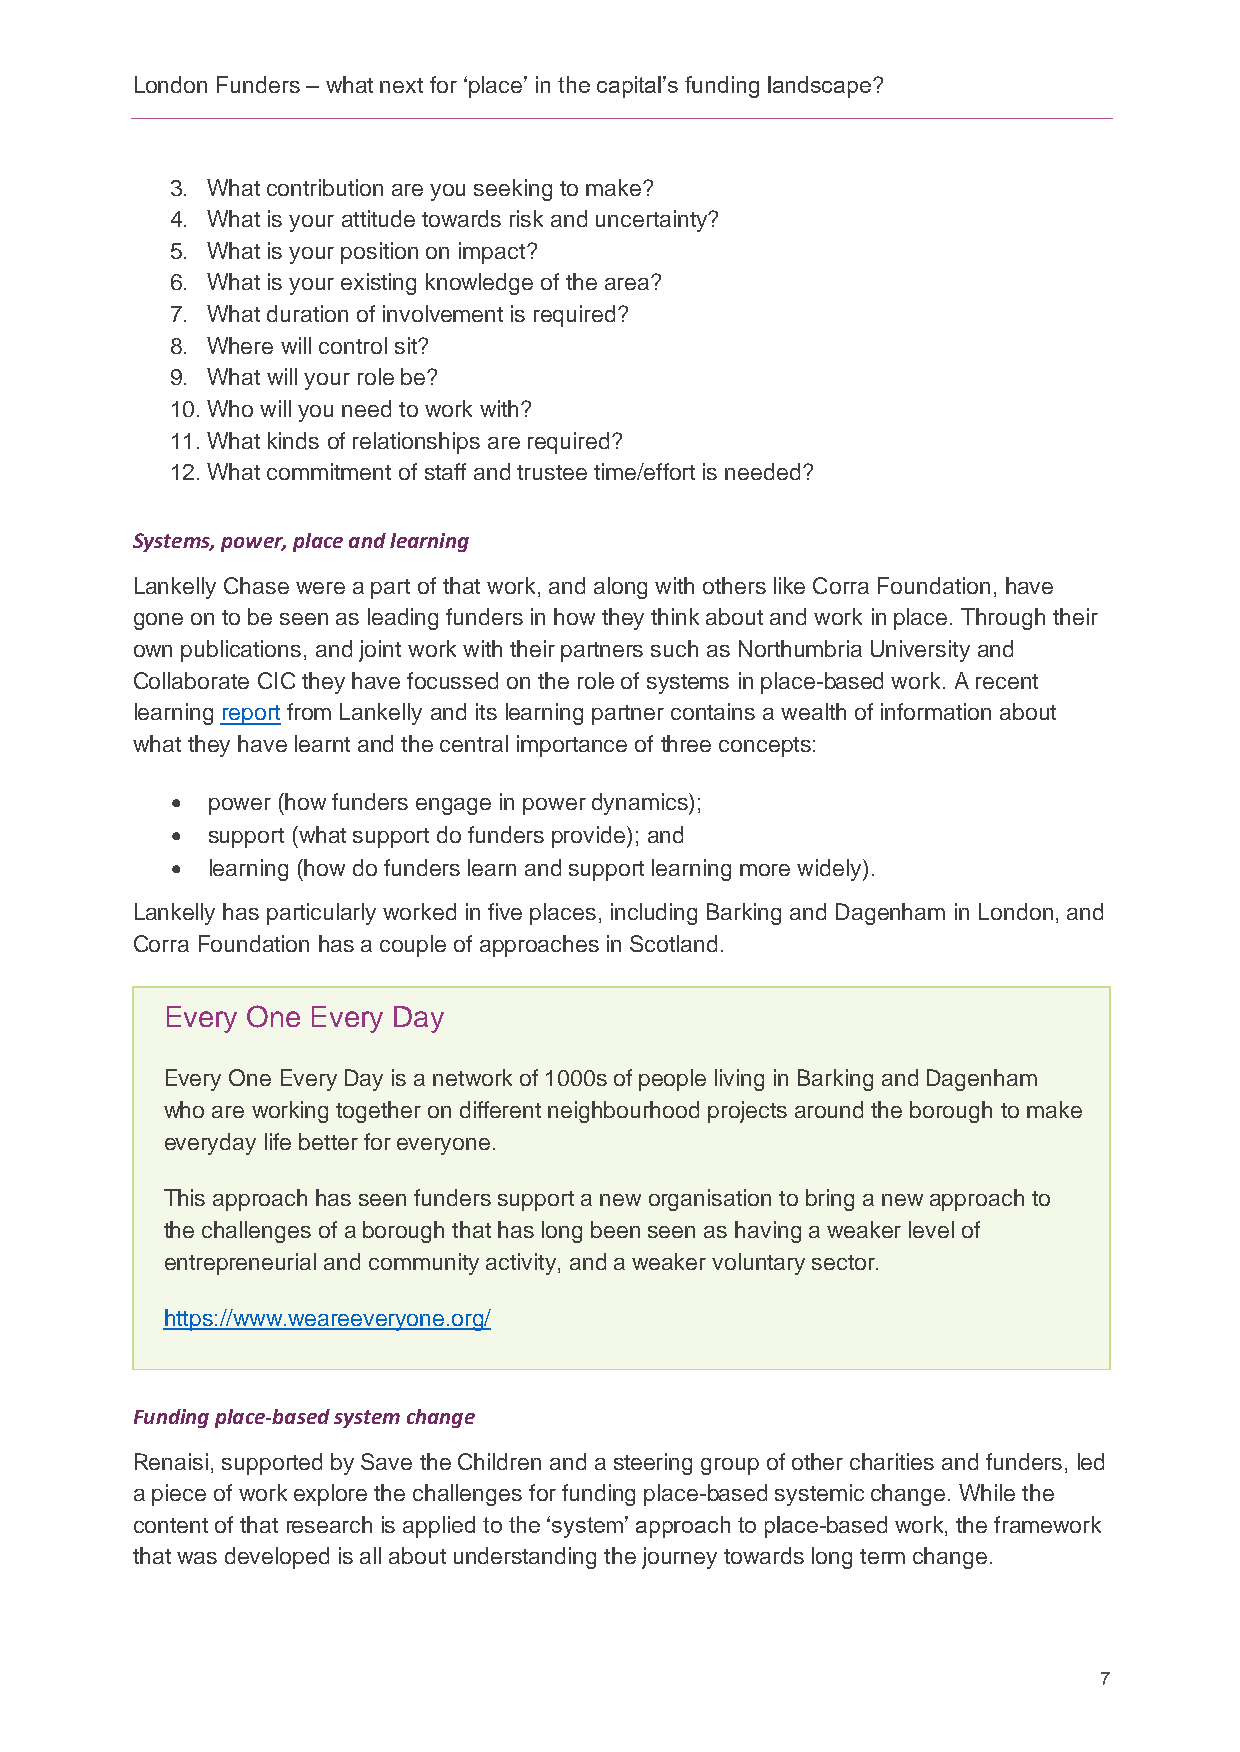
London Funders – what next for ‘place’ in the capital’s funding landscape?
 3. What contribution are you seeking to make?
 4. What is your attitude towards risk and uncertainty?
 5. What is your position on impact?
 6. What is your existing knowledge of the area?
 7. What duration of involvement is required?
 8. Where will control sit?
 9. What will your role be?
 10. Who will you need to work with?
 11. What kinds of relationships are required?
 12. What commitment of staff and trustee time/effort is needed?
 Systems, power, place and learning
 Lankelly Chase were a part of that work, and along with others like Corra Foundation, have
 gone on to be seen as leading funders in how they think about and work in place. Through their
 own publications, and joint work with their partners such as Northumbria University and
 Collaborate CIC they have focussed on the role of systems in place-based work. A recent
 learning report from Lankelly and its learning partner contains a wealth of information about
 what they have learnt and the central importance of three concepts:
 •  power (how funders engage in power dynamics);
 •  support (what support do funders provide); and
 •  learning (how do funders learn and support learning more widely).
 Lankelly has particularly worked in five places, including Barking and Dagenham in London, and
 Corra Foundation has a couple of approaches in Scotland.
 Every One Every Day
 Every One Every Day is a network of 1000s of people living in Barking and Dagenham
 who are working together on different neighbourhood projects around the borough to make
 everyday life better for everyone.
 This approach has seen funders support a new organisation to bring a new approach to
 the challenges of a borough that has long been seen as having a weaker level of
 entrepreneurial and community activity, and a weaker voluntary sector.
 https://www.weareeveryone.org/
 Funding place-based system change
 Renaisi, supported by Save the Children and a steering group of other charities and funders, led
 a piece of work explore the challenges for funding place-based systemic change. While the
 content of that research is applied to the ‘system’ approach to place-based work, the framework
 that was developed is all about understanding the journey towards long term change.
 7